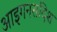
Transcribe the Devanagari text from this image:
आइगनसदिश